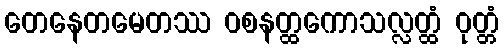
တေနေတမေတဿ ဝစနတ္ထကောသလ္လတ္ထံ ဝုတ္တံ